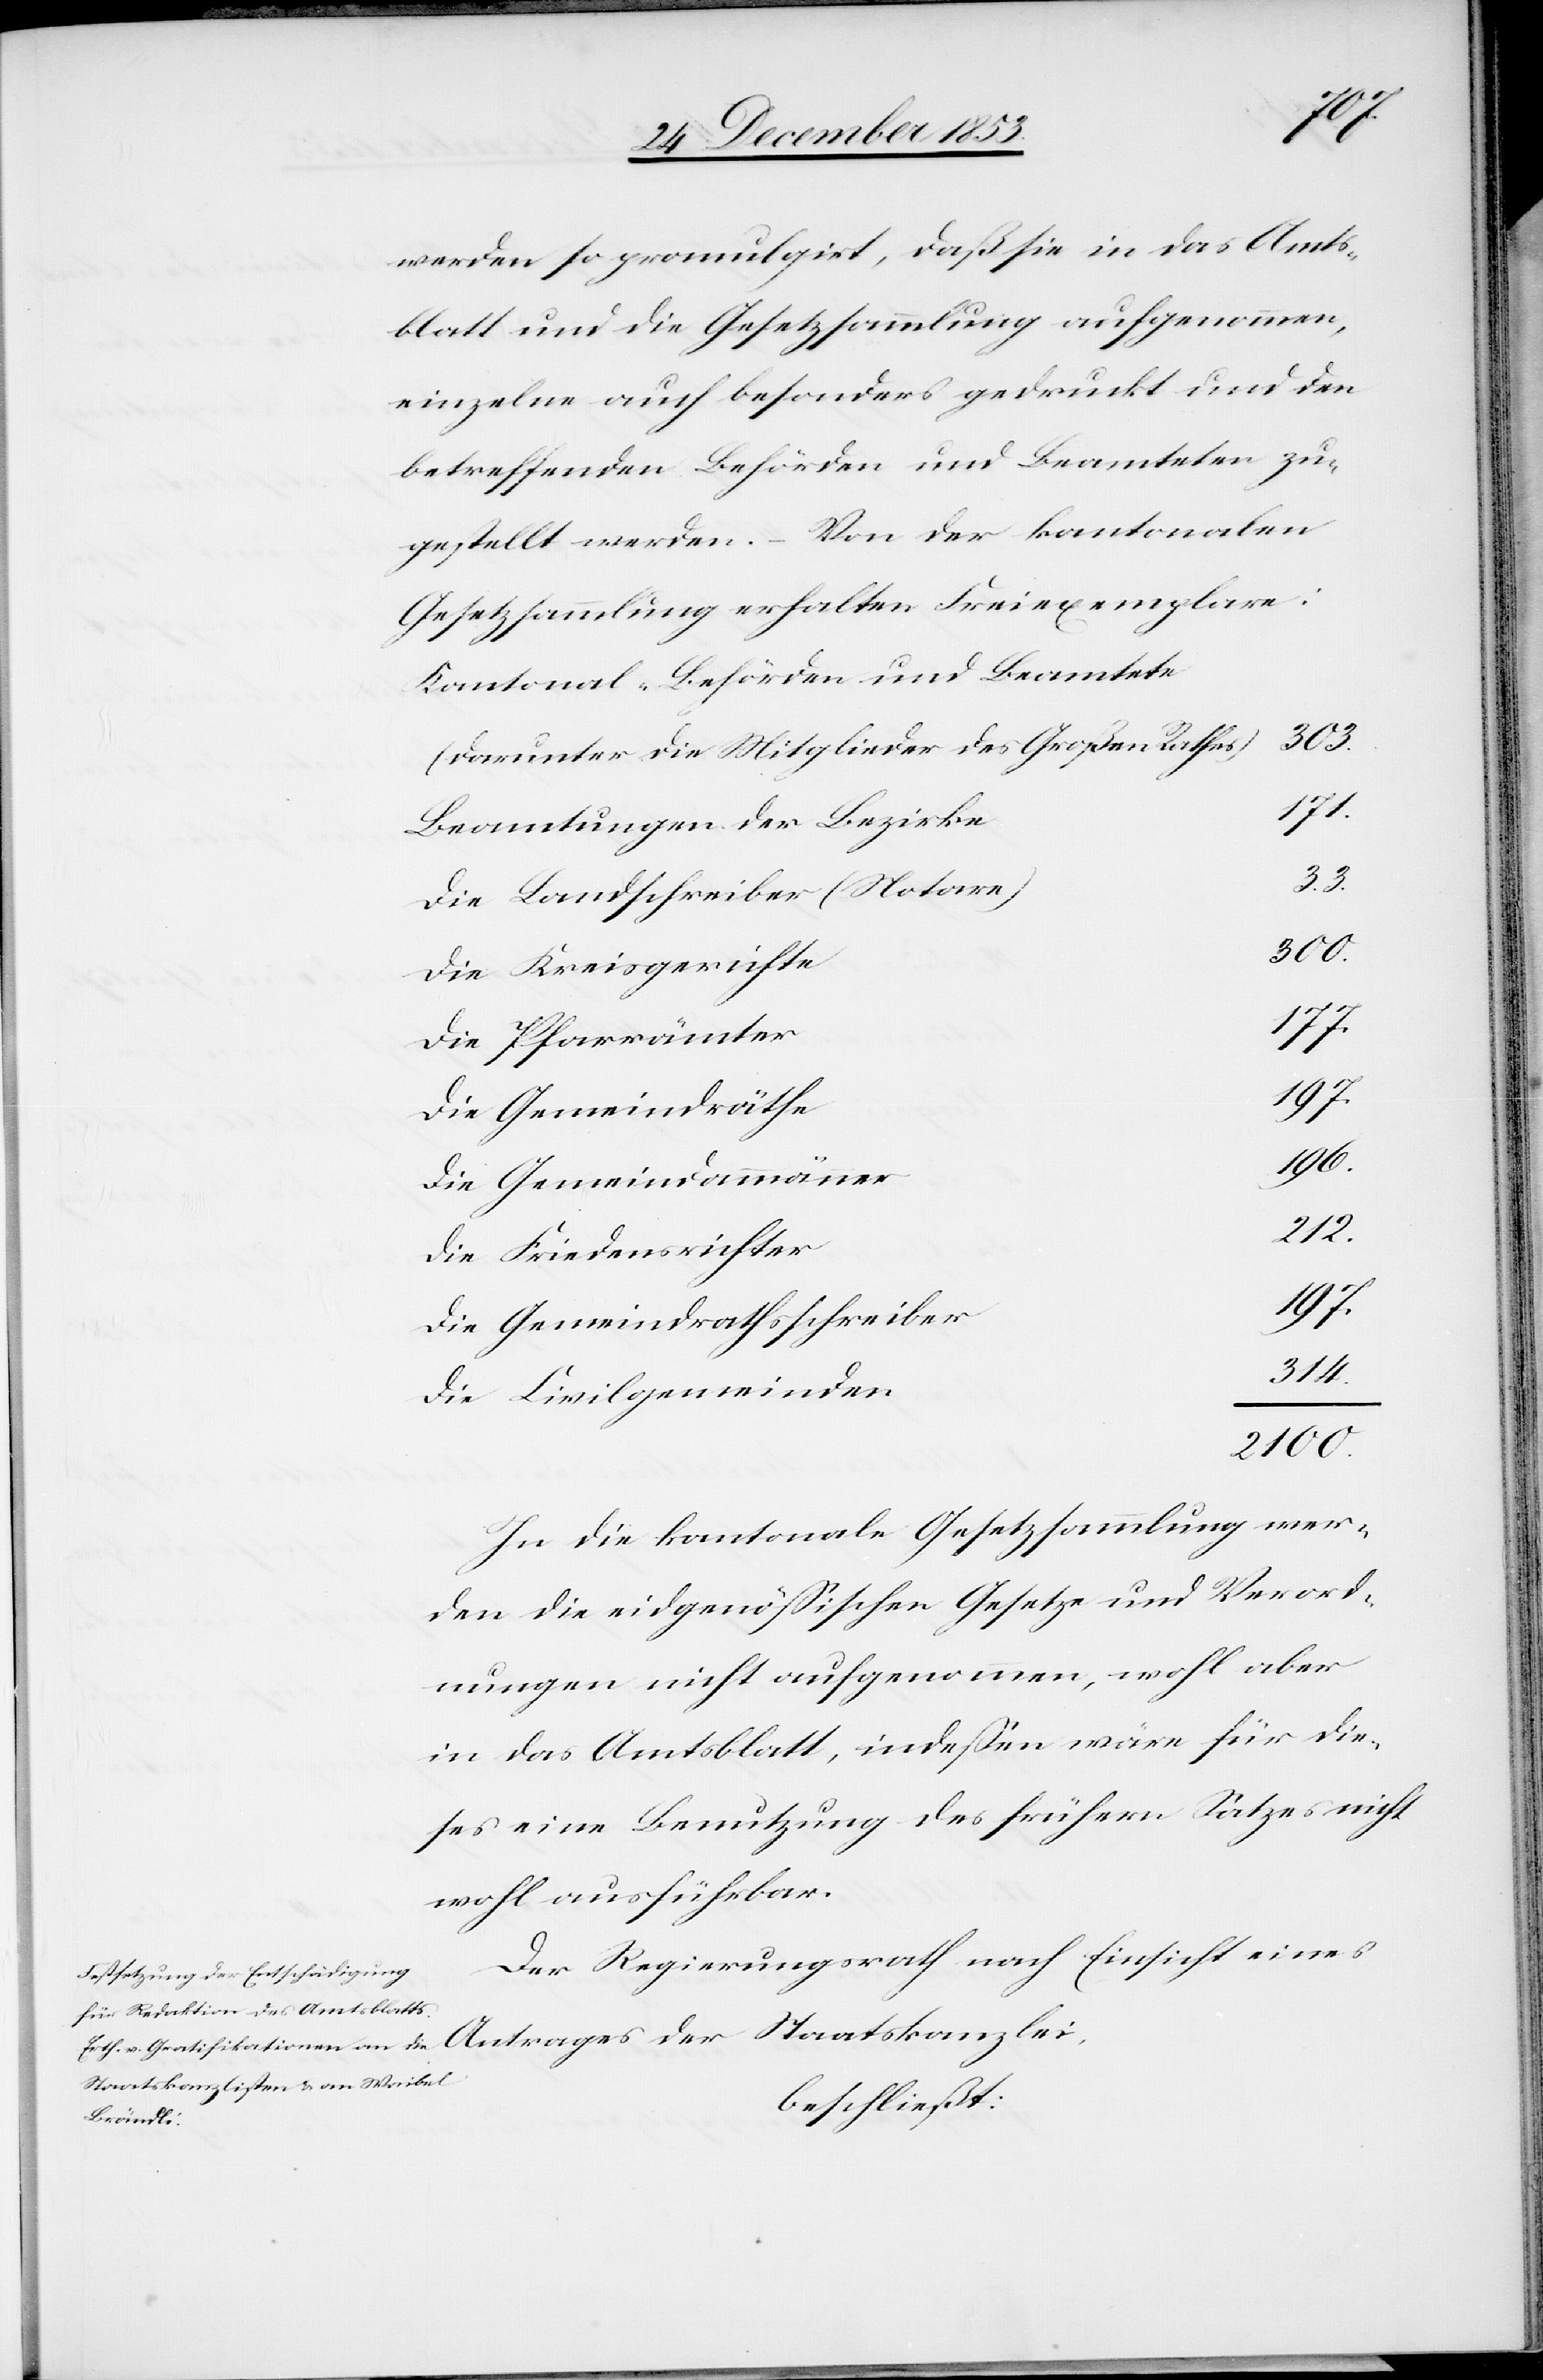
werden so promulgirt, daß sie in das Amts¬
blatt und die Gesetzsammlung aufgenommen,
einzeln auch besonders gedruckt und den
betreffenden Behörden und Beamteten zu¬
gestellt werden. – Von der kantonalen
Gesetzessammlung erhalten Freiexemplare:
Kantonal-Behörden und Beamtete
der
(Darunter Mitglieder des Großen Rathe¬
Beamtungen der Bezirk¬
33.
Die Landschreiber (Notare)
Die Kreisgericht¬
Die Gemeindräth¬
Die Gemeindammänne¬
r		212.
Die Friedensrichte¬
Die Gemeindrathsschreibe¬
n		314.
Die Civilgemeinde¬
2100.
In die kantonale Gesetzsammlung wer¬
den die eidgenößischen Gesetze und Verord¬
nungen nicht aufgenommen, wohl aber
in das Amtsblatt, indeßen wäre für die¬
ses eine Benutzung des frühern Satzes nicht
wohl ausführbar.
Der Regierungsrath nach Einsicht eines
beschließt: